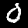
Label: 0